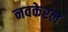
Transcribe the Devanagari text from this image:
नवकेरल